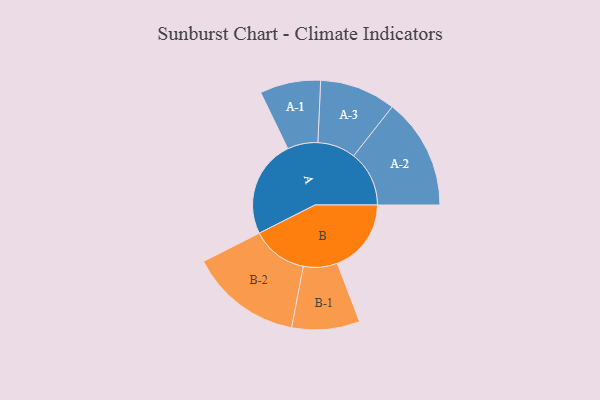
{"axis": {"x": "Segment", "y": "Value"}, "legend": ["", "A", "B"], "data": [{"x": "A", "y": 497, "type": ""}, {"x": "B", "y": 377, "type": ""}, {"x": "A-1", "y": 155, "type": "A"}, {"x": "A-2", "y": 283, "type": "A"}, {"x": "A-3", "y": 194, "type": "A"}, {"x": "B-1", "y": 173, "type": "B"}, {"x": "B-2", "y": 286, "type": "B"}]}